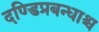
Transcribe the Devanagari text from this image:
दण्डिप्रबन्धाश्च